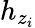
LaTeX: h_{z_{i}}